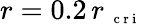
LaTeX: r=0.2\, r_{\mathrm{~\scriptsize~c~r~i~}}